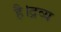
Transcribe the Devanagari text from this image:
है।द्रव्य